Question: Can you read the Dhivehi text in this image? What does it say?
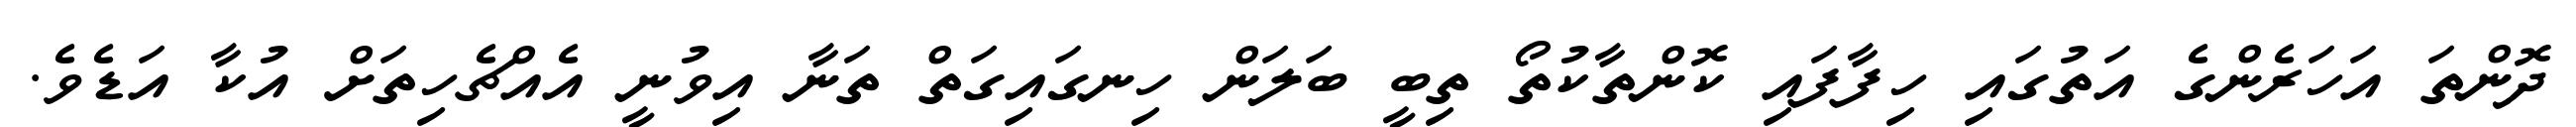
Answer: ދޮންތަ އަހަރެންގެ އަތުގައި ހިފާފައި ކޮންތާކުތޯ ތިބީ ބަލަން ހިނގައިގަތް ތަނާ އިވުނީ އެއްޗެހިތަށް އުކާ އަޑެވެ.